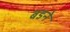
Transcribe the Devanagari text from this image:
बडने